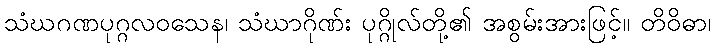
သံဃဂဏပုဂ္ဂလဝသေန၊ သံဃာဂိုဏ်း ပုဂ္ဂိုလ်တို့၏ အစွမ်းအားဖြင့်။ တိဝိဓာ၊